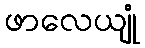
ဖာလေယျုံ